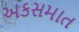
અકસમાત